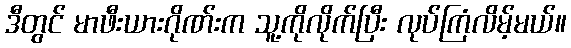
ဒီတွင် မာဖီးယားဂိုဏ်းက သူ့ကိုလိုက်ပြီး လုပ်ကြံလိမ့်မယ်။